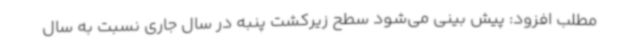
مطلب افزود: پیش بینی می‌شود سطح زیرکشت پنبه در سال جاری نسبت به سال